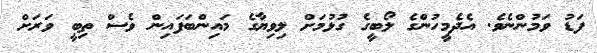
ފަޑު ވަމުންނެވެ. އެދެމީހުންގެ ލޯބީގެ ގުޅުމަށް ލިވިޔާގެ މައިންބަފައިން ވެސް ތިބީ ވަރަށް